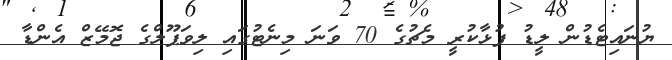
ޔުނައިޓެޑުން ލީޑު ފުޅާކުރީ މެޗުގެ 70 ވަނަ މިނެޓުގައި ލިވަޕޫލްގެ ޖޮމޭޒް އެންޑާ